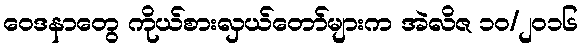
ဝေဒနာတွေ ကိုယ်စားလှယ်တော်များက အဲလိဇ ၁၀/၂၀၁၆